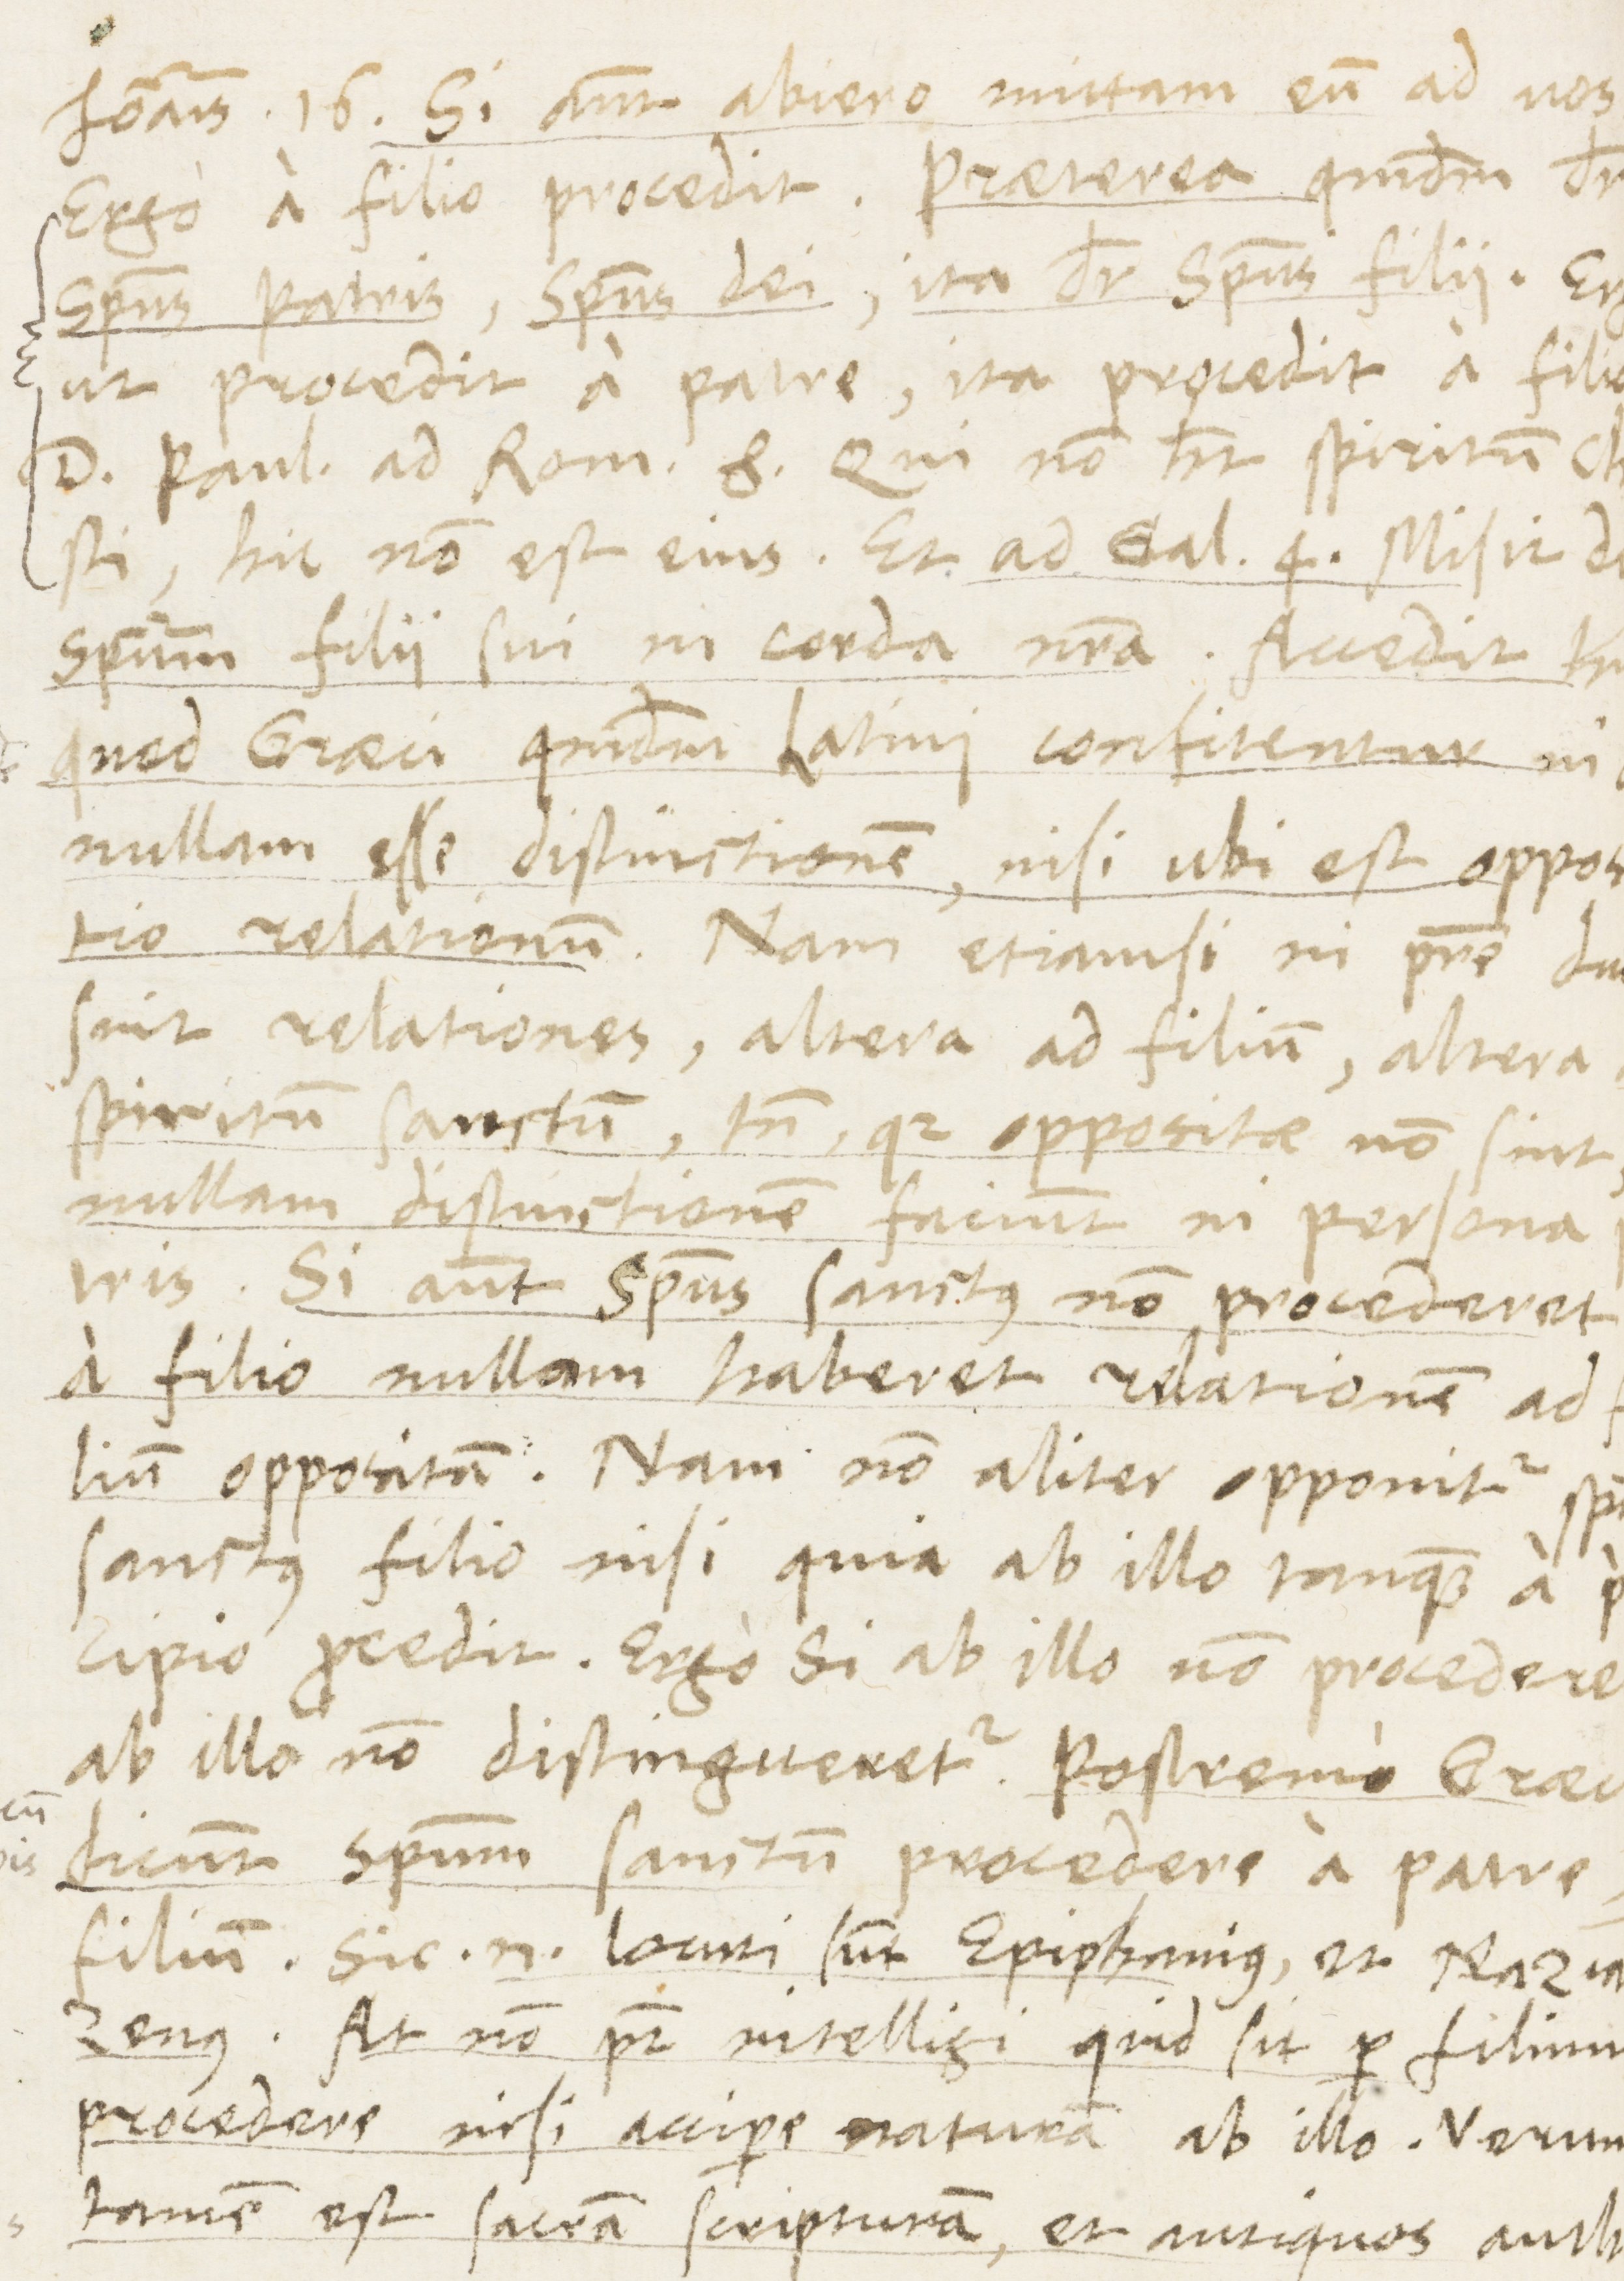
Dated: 1565–1569